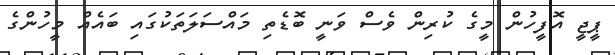
ޕީޖީ އޮފީހުން މީގެ ކުރިން ވެސް ވަނީ ބޮޑެތި މައްސަލަތަކުގައި ބައެއް މީހުންގެ